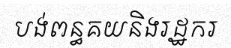
បង់ពន្ធគយនិងរដ្ឋករ